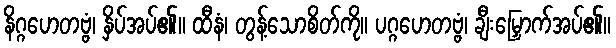
နိဂ္ဂဟေတဗ္ဗံ၊ နှိပ်အပ်၏။ ထီနံ၊ တွန့်သောစိတ်ကို။ ပဂ္ဂဟေတဗ္ဗံ၊ ချီးမြှောက်အပ်၏။